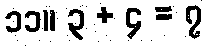
၁၁။ ၃ + ၄ = ၇